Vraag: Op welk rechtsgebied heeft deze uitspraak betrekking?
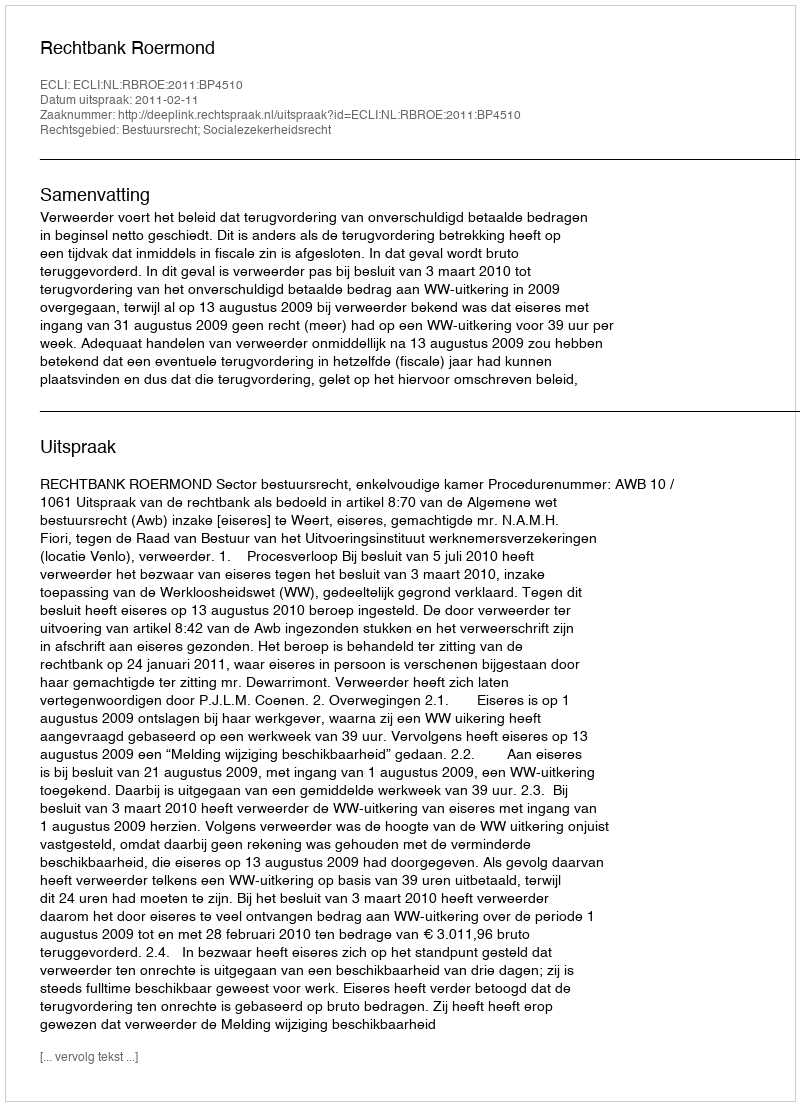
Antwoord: Bestuursrecht; Socialezekerheidsrecht